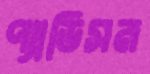
প্যাডিসন